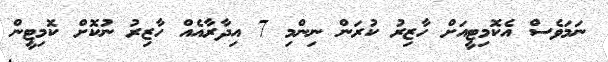
ނަމަވެސް އެކޮމިޓީއަށް ހާޒިރު ކުރަން ނިންމި 7 އިދާރާއެއް ހާޒިރު ނުކޮށް ކޮމިޓީން